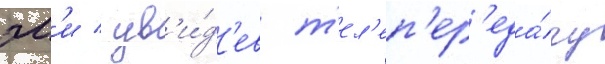
эм'и / ув'и́д'ев т'ел'еп'ер'еда́чу